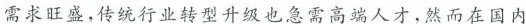
需求旺盛，传统行业转型升级也急需高端人才，然而在国内